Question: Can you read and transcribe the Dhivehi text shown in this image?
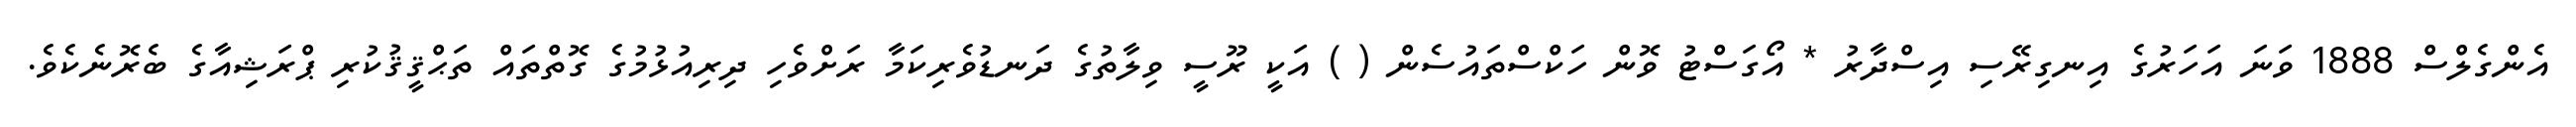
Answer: އެންގެލްސް 1888 ވަނަ އަހަރުގެ އިނގިރޭސި އިސްދާރު * އޯގަސްޓު ވޮން ހަކްސްތައުސެން ( ) އަކީ ރޫސީ ވިލާތުގެ ދަނޑުވެރިކަމާ ރަށްވެހި ދިރިއުޅުމުގެ ގޮތްތައް ތަޙްޤީޤުކުރި ޕްރަޝިއާގެ ބެރޮނެކެވެ.